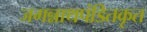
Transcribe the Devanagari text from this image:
जगन्नाथपंडितकृत